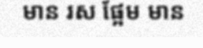
មាន រស ផ្អែម មាន